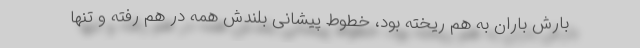
بارش باران به هم ریخته بود، خطوط پیشانی بلندش همه در هم رفته و تنها